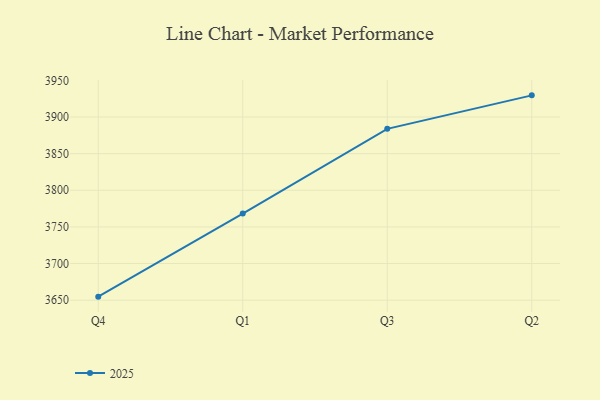
{"axis": {"x": "Quarter", "y": "Energy Usage (MWh)"}, "legend": ["2025"], "data": [{"x": "Q4", "y": 3654.8, "type": "2025"}, {"x": "Q1", "y": 3768.3, "type": "2025"}, {"x": "Q3", "y": 3883.9, "type": "2025"}, {"x": "Q2", "y": 3929.6, "type": "2025"}]}